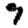
Digit: 7